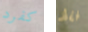
كفرد فقط